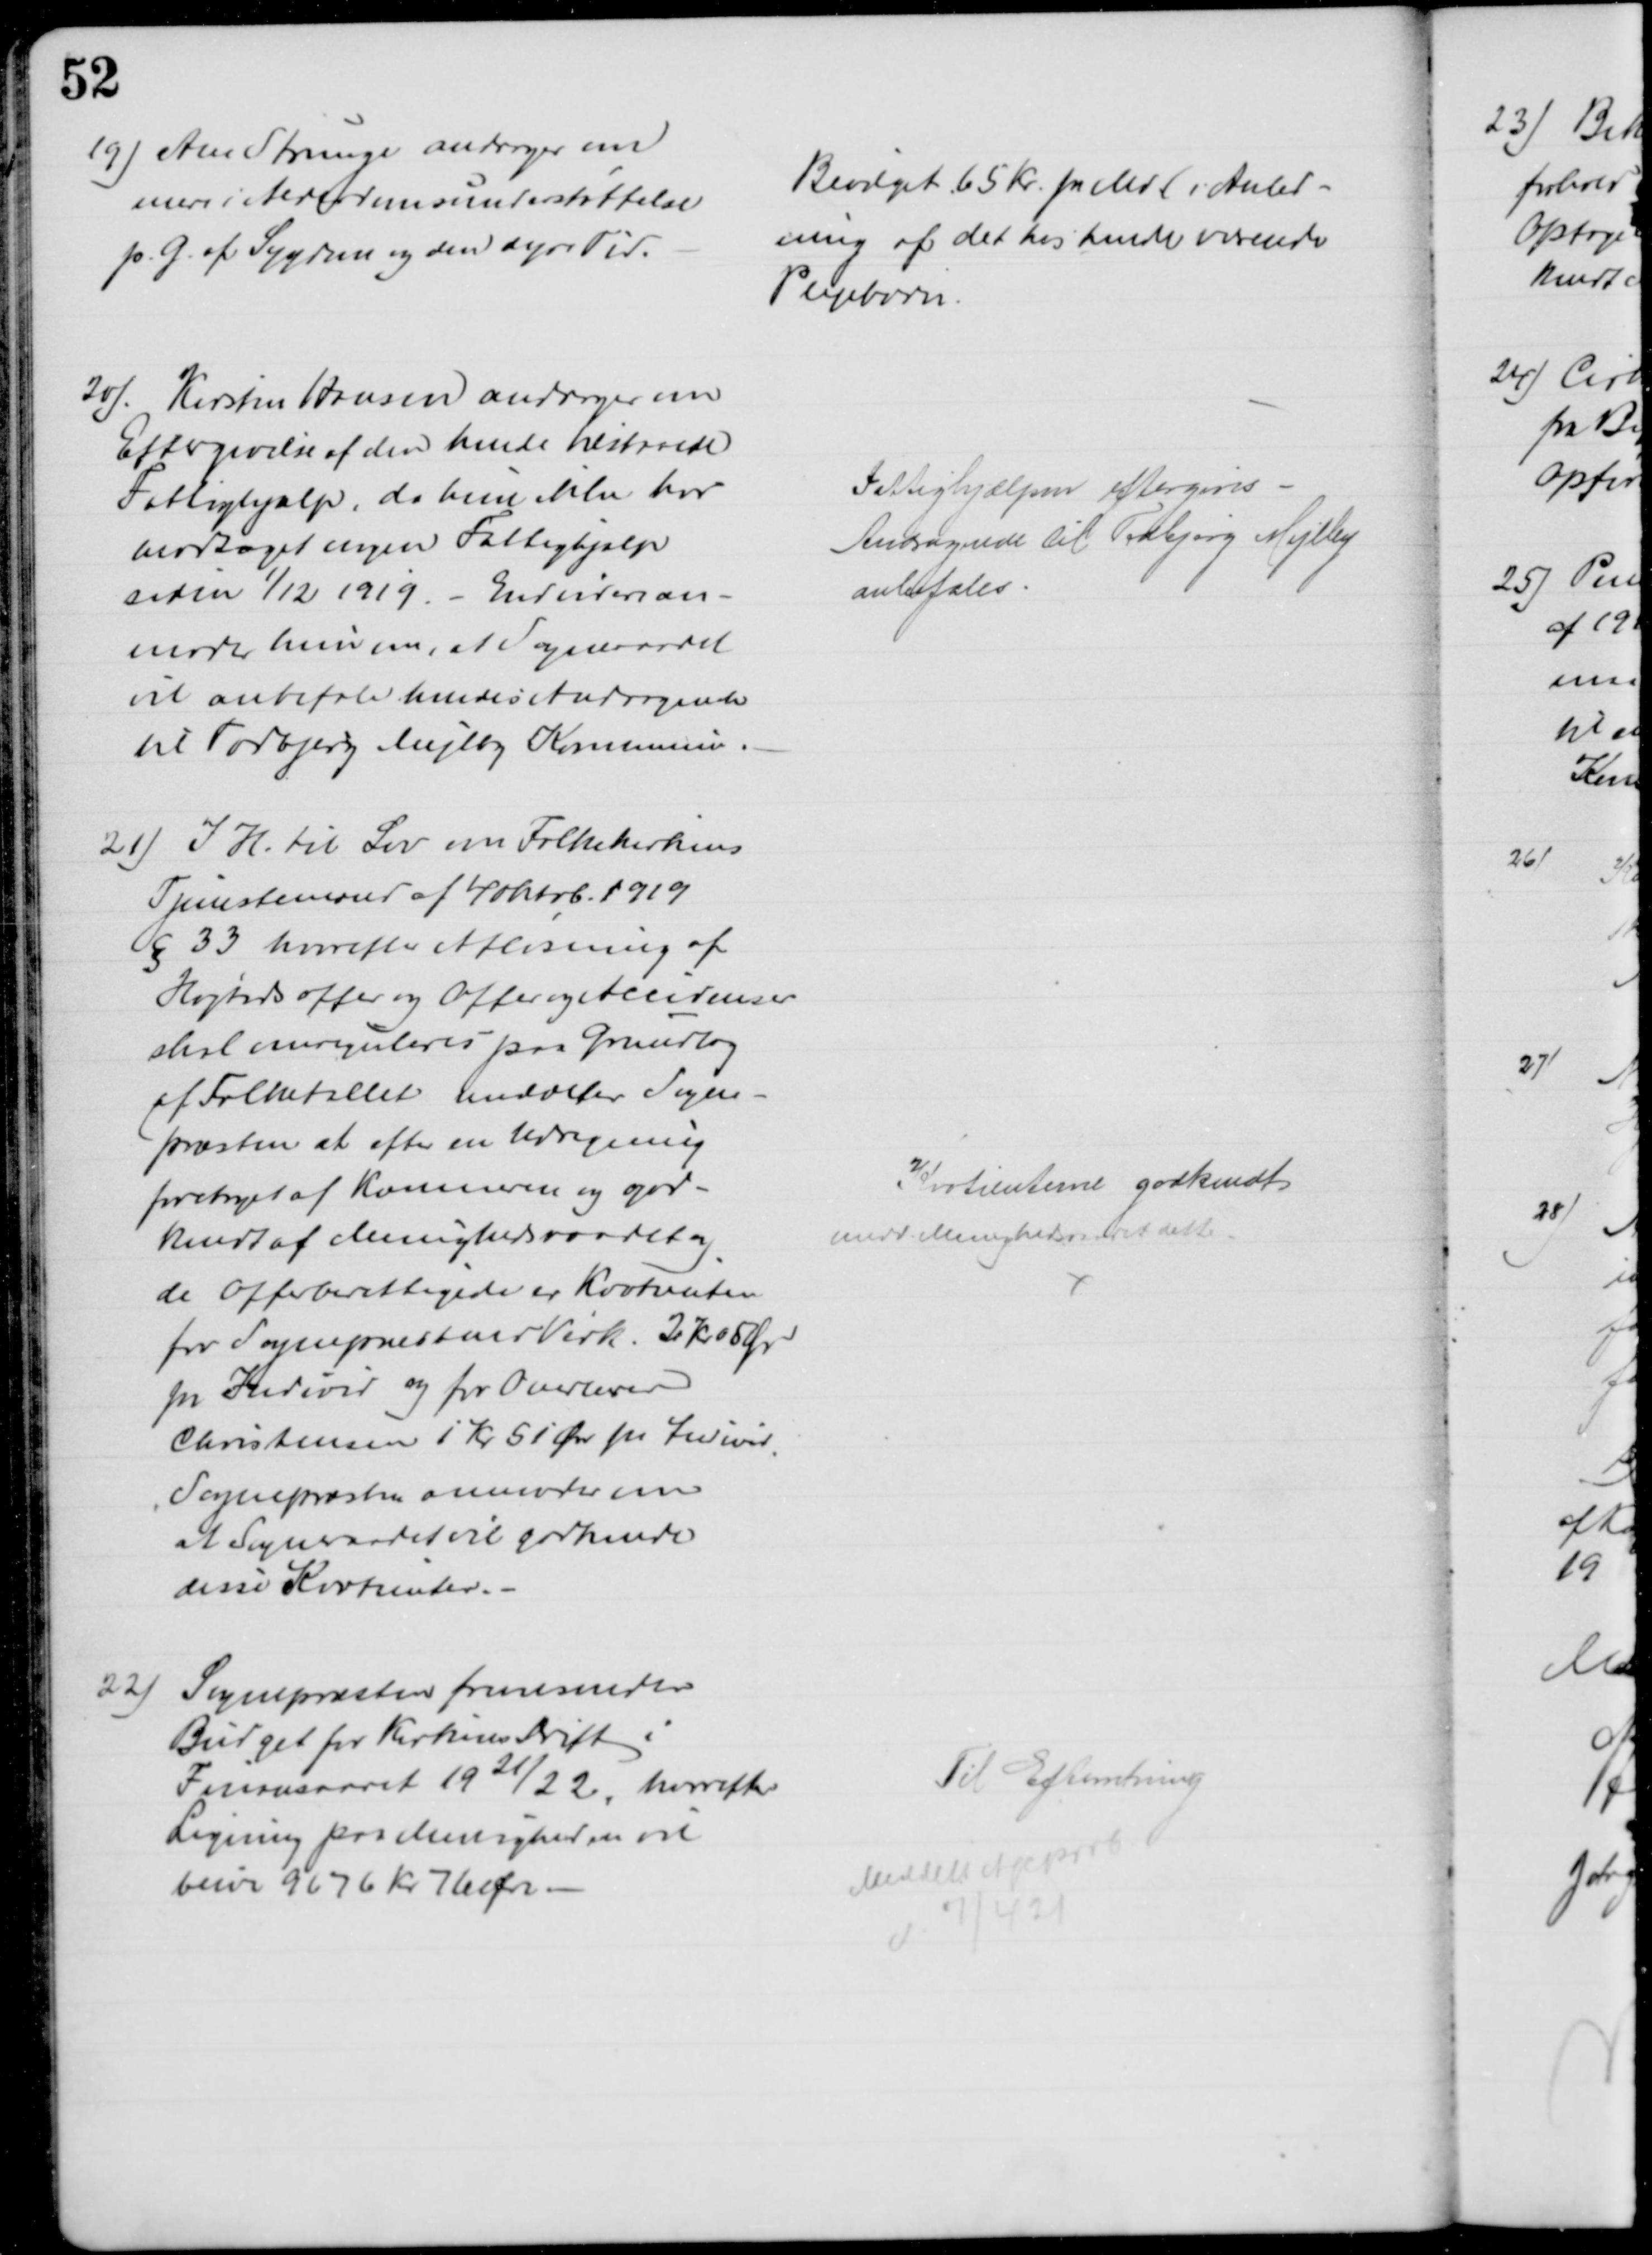
Transskription:
19) Ane Strunge andrager om
mere i Alderdomsunderstøttelse
p. G. af Sygdom og den dyre Tid.
Bevilget 65 Kr. pr Md. i Anled-
ning af det hos hende værende
Plejebarn.
20). Kirsten Hansen andrager om
Eftergivelse af den hende tilstaaede
Fattighjælp, da hun ikke har 
modtaget nogen Fattighjælp
siden 1/12 1919. Endvidere an-
moder hun om, at Sogneraadet
vil anbefale hendes Andragende
til Todbjerg Mejlby Kommune
Fattighjælpen eftergives 
Andragende til Todbjerg Mejlby
anbefales
21) I H. til Lov om Folkekirkens
Tjenestemænd af 4 oktob. 1919
§ 33 hvorefter Afløsning af
Højtidsoffer og Offer og Accidenser
skal omreguleres paa Grundlag
af Folketallet meddeler Sogne-
præsten at efter en Udregning
foretaget af Kæmneren og god-
kendt af Menighedsraadet og
de Offerberettigede er Kvotienten
for Sognepræstens Virk. 2 K 05 Ør
pr Individ og for Overlærer
Christensen 1 Kr 51 Ør pr Individ
Sognepræsten anmoder om
at Sogneraadet vil godkende
disse Kvotienter.
Kvotienterne godkendt
medd. Menighedsraadet dette
22)
Sognepræsten fremsender
Budget for Kirkens Drift i
Finansaaret 1921/22, hvorefter
Ligning paa Menigheden vil
blive 9676 Kr. 76 Øre
Til Efterretning
Meddelt Approv.
d. 7/4 21